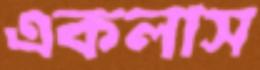
একলাস